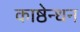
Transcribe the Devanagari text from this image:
काष्ठेन्धन